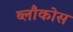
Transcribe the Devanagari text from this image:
ब्लौकोस